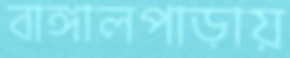
বাঙ্গালপাড়ায়